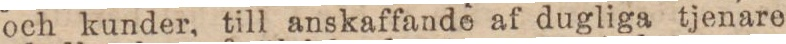
och kunder, till anskaffande af dugliga tjenare